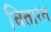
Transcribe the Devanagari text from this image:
चितारत